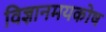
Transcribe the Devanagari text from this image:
विज्ञानमयकोष